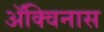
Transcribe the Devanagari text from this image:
ॲक्विनास